Palivere_vallavalitsus, lk 9
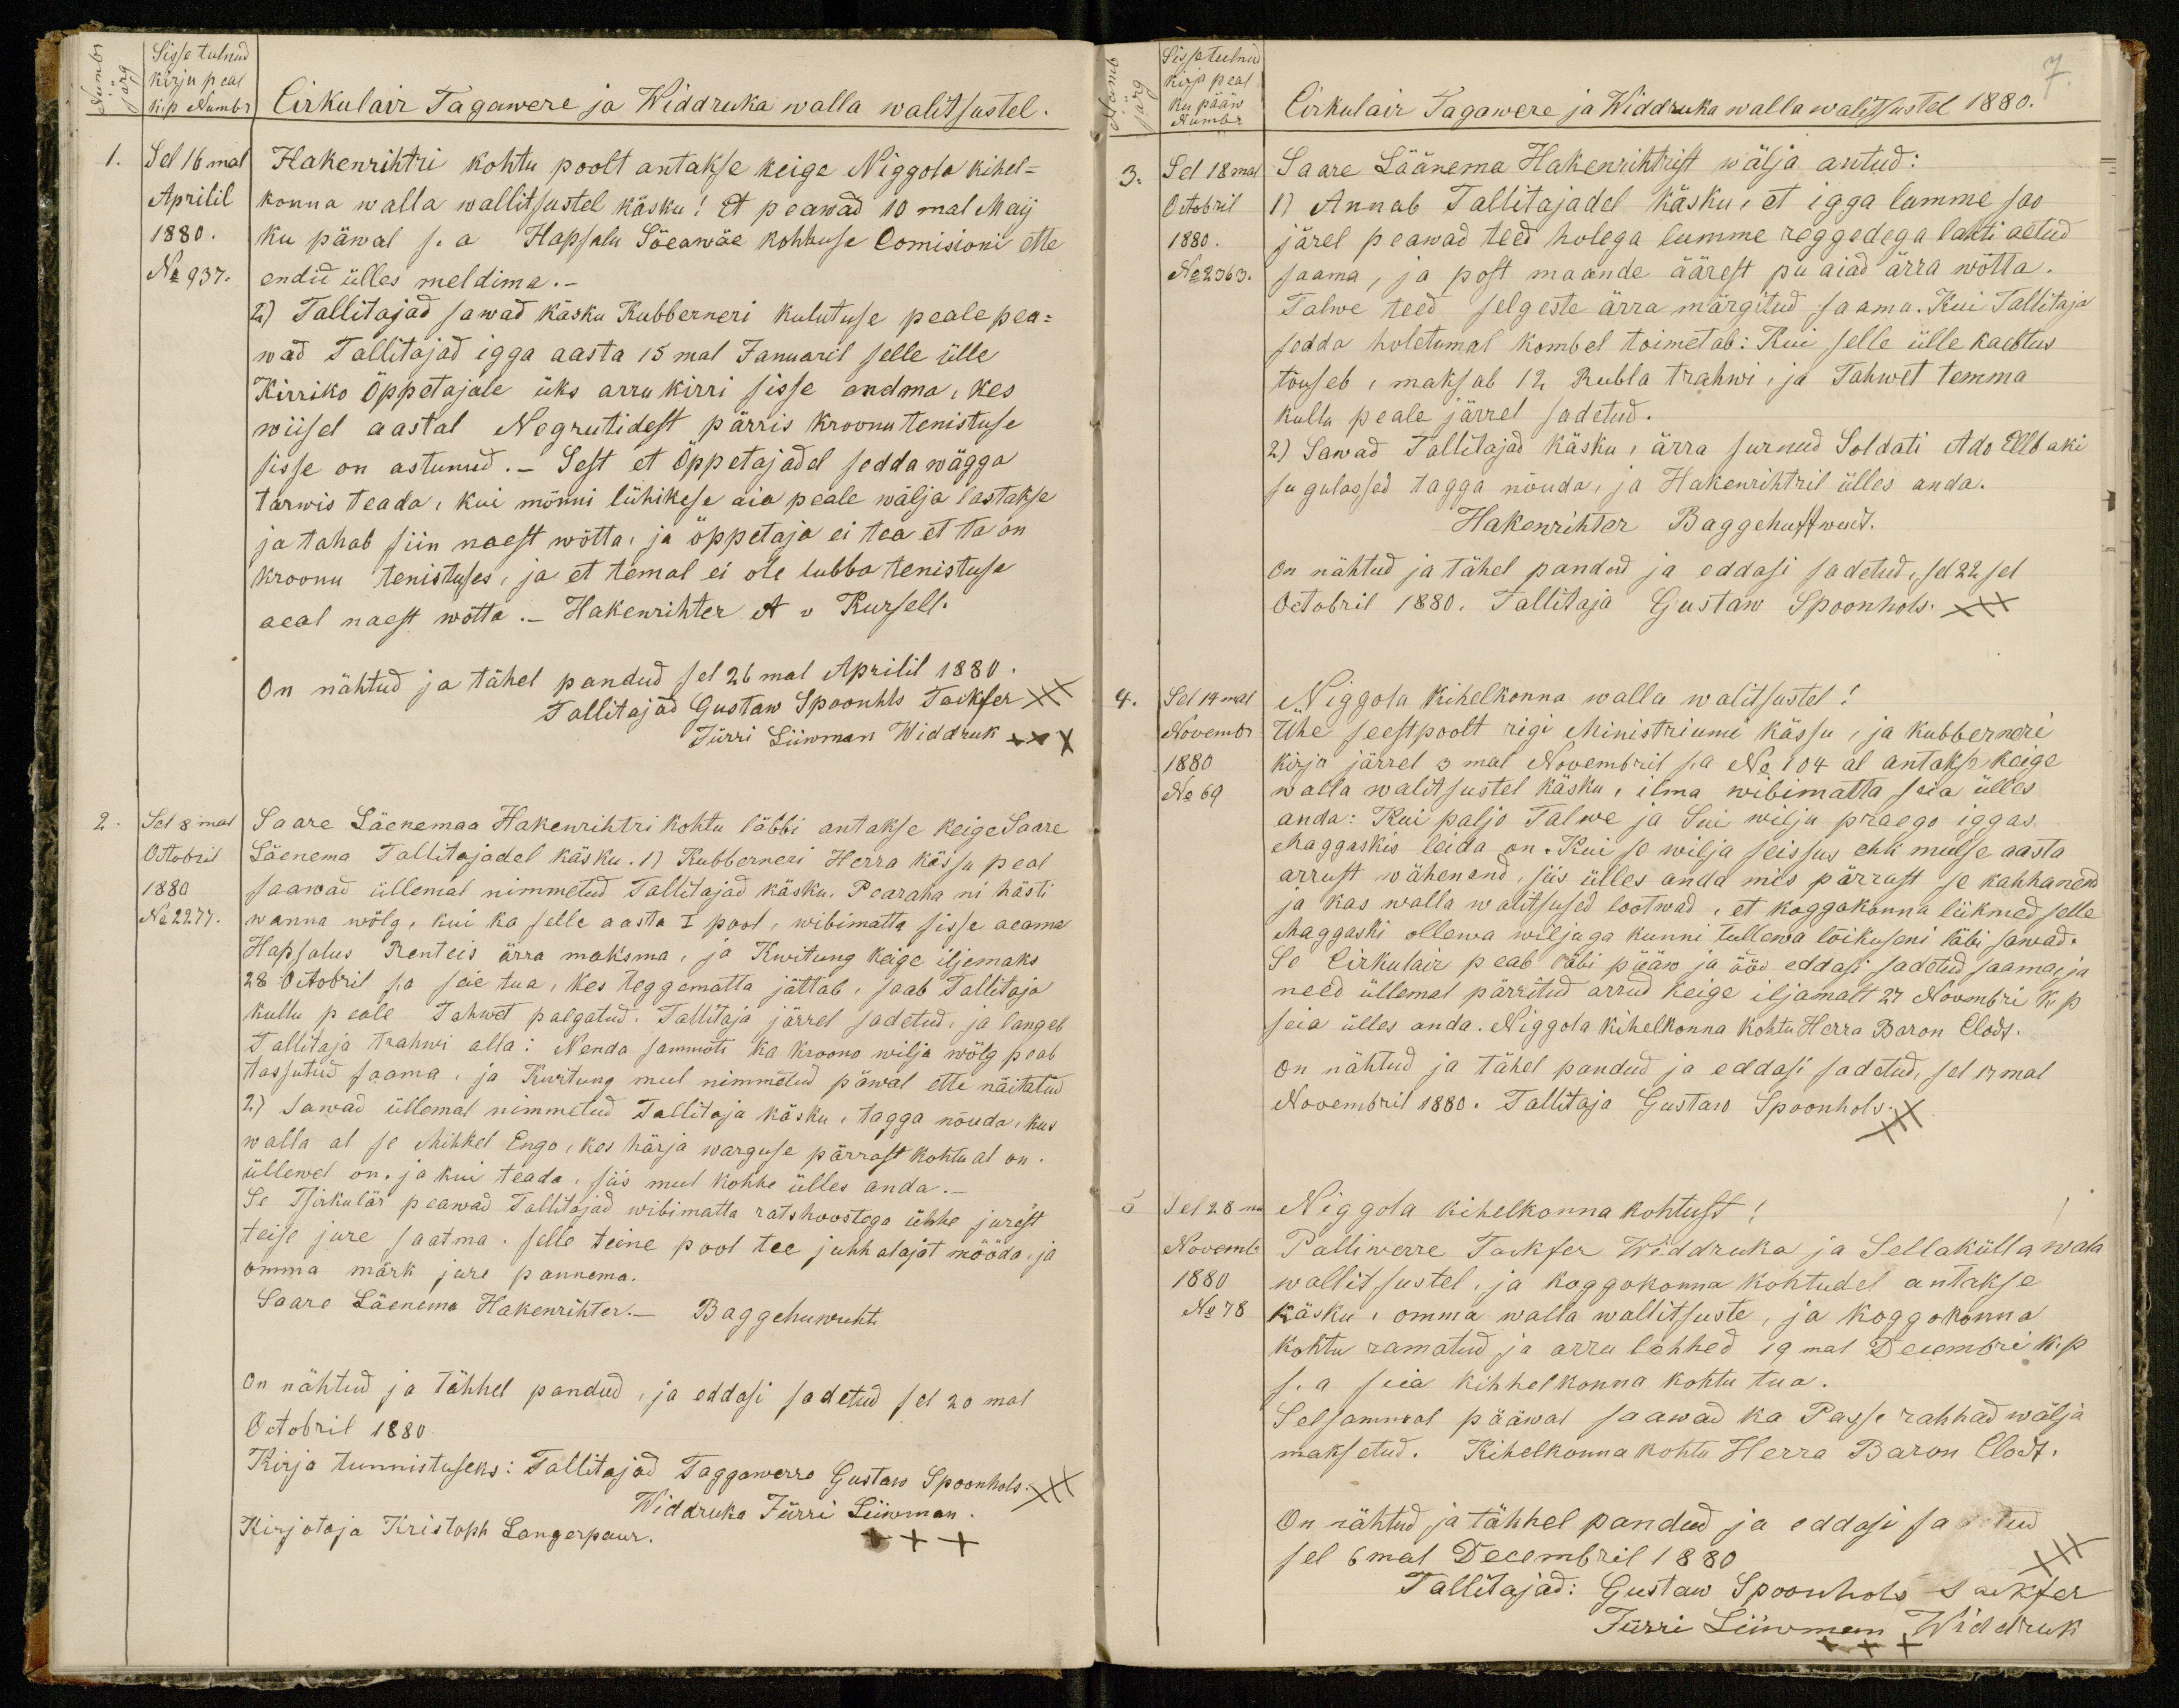
Sisse tulnud
kirja peal
Kup Numbr
Cirkulair Tagawere ja Widdruka walla walitsustel.
Sel 16mal
Aprilil
1880.
No 937.
Hakenrihtri kohtu poolt antakse keige Niggola kihel-
konna walla wallitsustel käsku! Et peawad 10mal Maij
ku päwal s.a. Hapsalu Söeawäe kohhuse Comisioni ette
endid ülles meldima.-
2) Tallitajad sawad käsku Kubberneri kulutuse peale pea-
wad Tallitajad igga aasta 15mal Januaril selle ülle
Kirriko Õppetajale üks arru kirri sisse andma, kes
wiisel aastal Nogrutidest pärris kroonu tenistuse
sisse on astunud.- Sest et õppetajadel sedda wägga
tarwis teada, kui mõnni lühikese aia peale wälja lastakse
ja tahab siin naest wõtta, ja õppetaja ei tea et ta on
kroonu tenistuses, ja et temal ei ole lubba tenistuse
aeal naest wötta. Hakenrihter A v Kursell.
On nähtud ja tähel pandud sel 26mal Aprilil 1880.
Tallitajad Gustaw Spoonhls Taikfer +++
Jürri Liiwman Widdruk XXX
2. Sel 8mal
Octobril
1880
No 2277.
Saare Läenemaa Hakenrihtri kohtu läbbi antakse keige Saare
Läenema Tallitajadel käsku. 1) Kubberneri Herra kässu peal
saawad üllemal nimmetud Tallitajad käsku. Pearaha ni hästi
wanna wölg, kui ka selle aasta I pool, wibimatta sisse aeama
Hapsalus Renteis ärra maksma, ja Kwitung kaige iljemaks
28 Octobril s.a seie tua, kes teggematta jättab, saab Tallitaja
Kullu peale Tahwet palgatud. Tallitaja järrel sadetud: ja langeb
Tallitaja Trahwi alla: Nenda sammuti ka Kroono wilja wölg peab
tassutud saama, ja Kwitung mul nimmetud päwal ette näitatud
2.) Sawad üllemal nimmetud Tallitaja käsku, tagga nõuda, kus
walla al se Mihkel Engo, kes härja warguse pärrast kohtu al on.
üllewel on. ja kui teada, siis mul kohhe ülles anda.
Se Tsirkulär peawad Tallitajad wibimatta ratshoostega ühhe jurest
teise jure saatma. Selle teine pool tee juhhatajat mööda, ja
omma märk jure pannema.
Saare Läenema Hakenrihter. Baggehuwuht.
On nähtud ja Tähhel pandud, ja eddasi sadetud sel 20 mal
Octobril 1880.
Kirja tunnistuseks: Tallitajad Taggawerre Gustaw Spoonhols +++
Widdruka Jürri Liiwman
Kirjotaja Kristoph Langerpaur.
XXX

7
Sisse tulnud
kirja peal
ku pääw
Numbr
Cirkulair Tagawere ja Widdruka walla walitsustel 1880.
3. Sel 18mal
Octobril
1880.
No 2363.
Saare Läänema Hakenrihtrist wälja antud:
1) Annab Tallitajadel käskus, et igga lumme sao
järel peawad teed holega lumme reggedega lahti aetud.
saama, ja post maande äärest pu aiad ärra wõtta.
Talwe teed selgeste ärra märgitud saama. Kui Tallitaja
sedda holetumal kombel toimetab: Kui selle ülle kaebtus
tõuseb, maksab 12 Rubla trahwi, ja Tahwet temma
kullu peale järrel sadetud.
2) Sawad Tallitajad käsku, ärra surnud Soldati Ado Ellbaki
sugulassed tagga nõuda, ja Hakenrihtril ülles anda.
Hakenrihter Baggehuffwudt.
On nähtud ja tähel pandud ja eddasi sadetud, sel 22 sel
Octobril 1880. Tallitaja Gustaw Spoonhols. +++
4.
Sel 14mal
Novembr
1880
No 69
Niggota kihelkonna walla walitsustel!
Ühe seestpoolt rigi Ministriumi kässu, ja kubberneri
kirja järrel 3mal Nowembril s.a No 104 al antakse kõige
walla walitsustel käsku, ilma wibimatta seia ülles
anda: Kui paljo Talwe ja Sui wilju praego iggas
Maggaskis leida on. Kui so wilja seissus ehk mulse aasta
arrust wähenend, siis ülles anda mis pärrast se kahhanend
ja kas walla walitsused lootwad, et koggokonna liikmed selle
Maggaski ollewa wiljaga kunni tullewa lõikuseni läbi sawad.
Se Cirkulair peab läbi pääw ja öö eddasi sadetud saama ja
need üllemal pärritud arrud keige iljamalt 27 Nowmbri k.p.
seia ülles anda. Niggola kihelkonna kohtu Herra Baron Clodt.
on nähtud ja tähel pandud ja eddasi sadetud, sel 17mal
Novembril 1880. Tallitaja Gustaw Spoonhols. +++
Sel 28ma
Novemb
1880
No 78
Niggola kihelkonna kohtust!
Palliwerre Takser Widdruka ja Sellakülla wala
wallitsustel, ja koggokonna kohtudel antakse
käsku: omma walla wallitsuste, ja koggokonna
kohtu ramatud ja arru lehhed 19mal Decembri k.p
s. a seia kihhelkonna kohtu tua.
Selsammal pääwal saawad ka Passi rahhad wälja
maksetud. Kihelkonna kohtu Herra Baron Clodt.
On nähtud ja tähhel pandud ja eddasi saatud
sel 6mal Decembril 1880
+++
Tallitajad: Gustaw Spoonhols Sakter
Jürri Liiwmann Widdruk
XXX